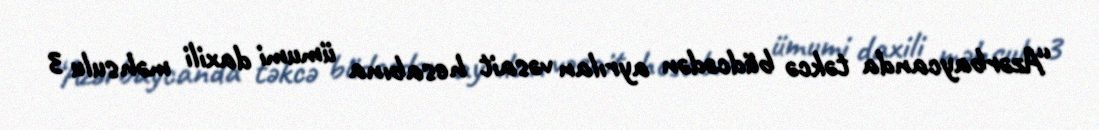
“Azərbaycanda təkcə büdcədən ayrılan vəsait hesabına ümumi daxili məhsulu 3